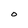
Character: O